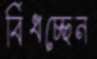
বিঁধচ্ছেন